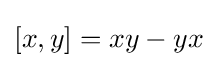
[x,y]=xy-yx